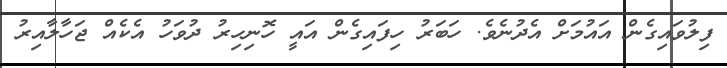
ފިލުވައިގެން އައުމަށް އެދުނެވެ. ހަބަރު ހިފައިގެން އައީ ހޮނިހިރު ދުވަހު އެކެއް ޖަހާލާއިރު